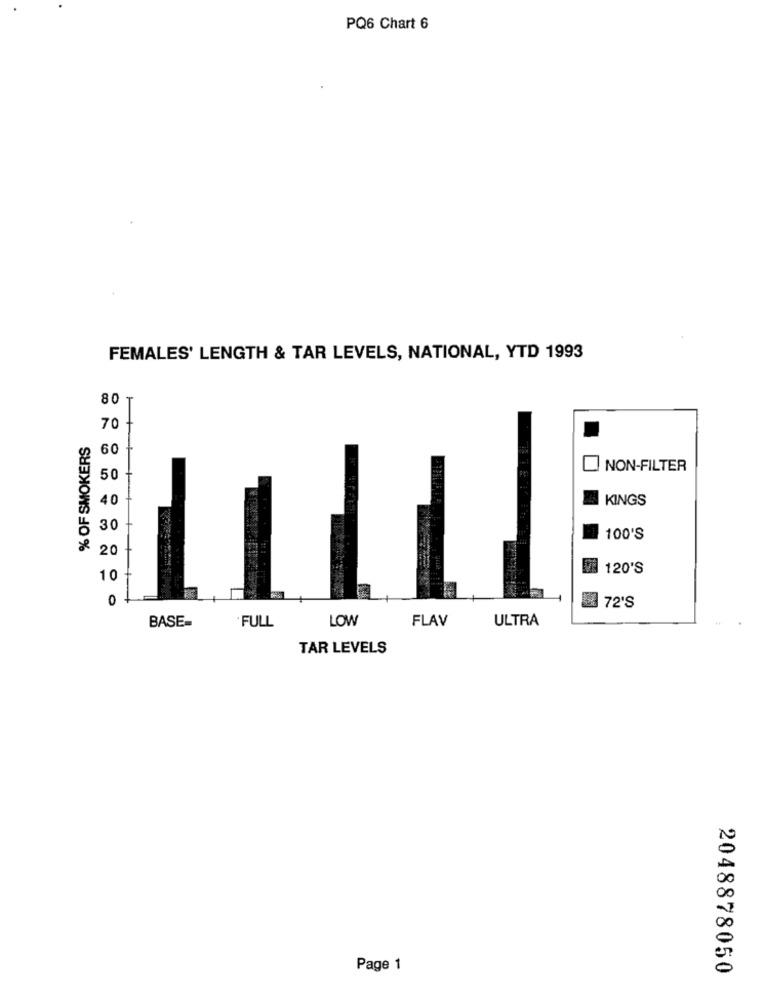
PQ6 Chart 6
FEMALES' LENGTH & TAR LEVELS, NATIONAL, YTD 1993
80
T
70
% OF SMOKERS
60
NON-FILTER
50
40
KINGS
30
100'S
20
120'S
10
72'S
BASE-
LOW
FLAV
ULTRA
FULL
TAR LEVELS
Page 1
2048878050